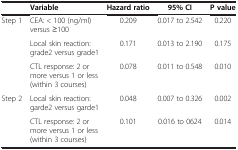
<table><thead><tr><td><b> </b></td><td><b>Variable</b></td><td><b>Hazard ratio</b></td><td><b>95% CI</b></td><td><b>P value</b></td></tr></thead><tbody><tr><td rowspan="3">Step 1</td><td>CEA: &lt; 100 (ng/ml) versus ≥100</td><td>0.209</td><td>0.017 to 2.542</td><td>0.220</td></tr><tr><td>Local skin reaction: grade2 versus grade1</td><td>0.171</td><td>0.013 to 2.190</td><td>0.175</td></tr><tr><td>CTL response: 2 or more versus 1 or less (within 3 courses)</td><td>0.078</td><td>0.011 to 0.548</td><td>0.010</td></tr><tr><td rowspan="2">Step 2</td><td>Local skin reaction: garde2 versus garde1</td><td>0.048</td><td>0.007 to 0.326</td><td>0.002</td></tr><tr><td>CTL response: 2 or more versus 1 or less (within 3 courses)</td><td>0.101</td><td>0.016 to 0624</td><td>0.014</td></tr></tbody></table>